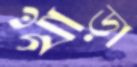
খাঁড়া